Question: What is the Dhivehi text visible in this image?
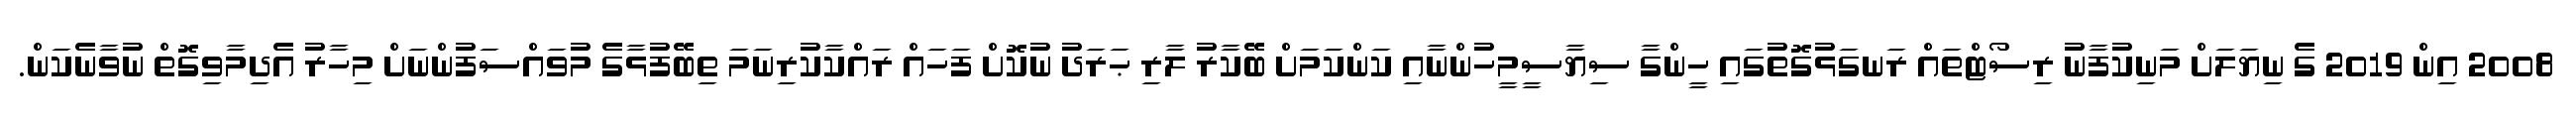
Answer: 2008 އިން 2019 ގެ ނިޔަލަށް މަނިކުފާނު ރިސޯޓްތައް ރަނގަޅުގޮތުގައި ހީންގާ ސިޔާސީމީހުންނާއި ކަންކަމަށް ބޭކާރު ލާރި ޙަރަދު ނުކޮށް ފަހައް ރައްކާކުރިނަމަ ތިބޭފުޅާގެ މުވައްސަފުންނަށް މިހާރު އެދިމާވިގޮތް ނުވާނެކަން.